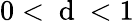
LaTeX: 0<\mathrm{~d~}<1